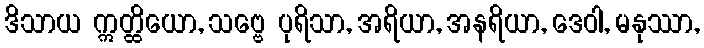
ဒိသာယ ဣတ္ထိယော, သဗ္ဗေ ပုရိသာ, အရိယာ, အနရိယာ, ဒေဝါ, မနုဿာ,